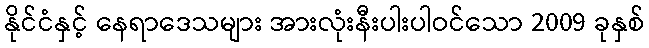
နိုင်ငံနှင့် နေရာဒေသများ အားလုံးနီးပါးပါဝင်သော 2009 ခုနှစ်